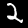
Digit: 2